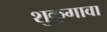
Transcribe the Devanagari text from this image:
शुकुगावा